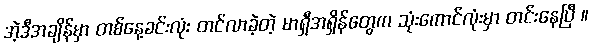
အဲ့ဒီအချိန်မှာ တစ်နေ့ခင်းလုံး တင်လာခဲ့တဲ့ မာရှီအရှိန်တွေက သုံးကောင်လုံးမှာ တင်းနေပြီ ။